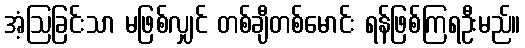
အံ့ဩခြင်းသာ မဖြစ်လျှင် တစ်ချီတစ်မောင်း ရန်ဖြစ်ကြရဦးမည်။